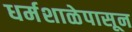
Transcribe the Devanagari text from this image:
धर्मशाळेपासून